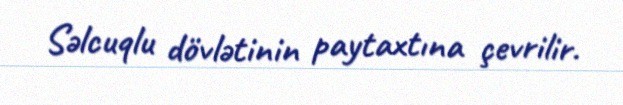
Səlcuqlu dövlətinin paytaxtına çevrilir.